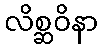
လိစ္ဆဝိနာ